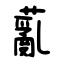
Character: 薍